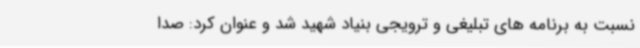
نسبت به برنامه های تبلیغی و ترویجی بنیاد شهید شد و عنوان کرد: صدا